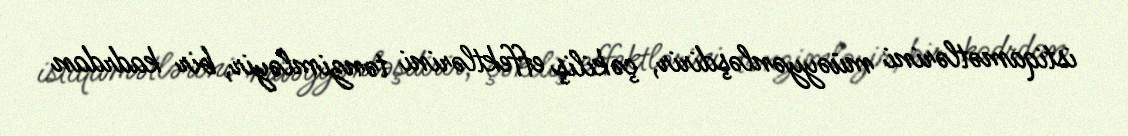
istiqamətlərini müəyyənləşdirir, çəkiliş effektlərini tənzimləyir, bir kadrdan